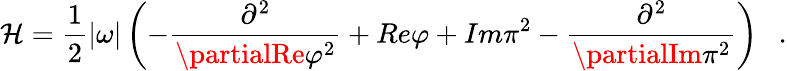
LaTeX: \mathcal{H}=\frac{{1}}{{2}}|\omega|\left(-\frac{{\partial^{2}}}{{\partialRe\varphi^{2}}}+Re\varphi+Im\pi^{2}-\frac{{\partial^{2}}}{{\partialIm\pi^{2}}}\right)\ \ \ .